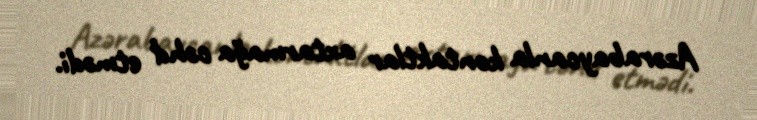
Azərabaycanla kontaktlar axtarmağa cəhd etmədi.